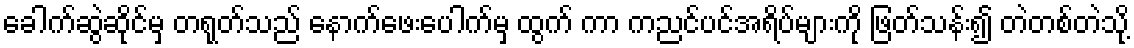
ခေါက်ဆွဲဆိုင်မှ တရုတ်သည် နောက်ဖေးပေါက်မှ ထွက် ကာ ကညင်ပင်အရိပ်များကို ဖြတ်သန်း၍ တဲတစ်တဲသို့